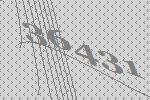
36431